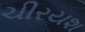
ચીરયશ